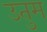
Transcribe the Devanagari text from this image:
उतुम